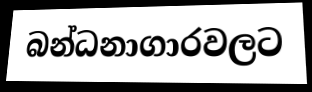
බන්ධනාගාරවලට